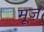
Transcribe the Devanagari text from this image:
मूज़